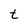
Character: t